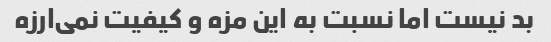
بد نیست اما نسبت به این مزه و کیفیت نمی‌ارزه